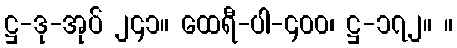
ဋ္ဌ-ဒု-အုပ် ၂၄၁။ ထေရီ-ပါ-၄၀၀၊ ဋ္ဌ-၁၇၂။ ။